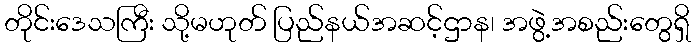
တိုင်းဒေသကြီး သို့မဟုတ် ပြည်နယ်အဆင့်ဌာန၊ အဖွဲ့အစည်းတွေရှိ